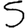
Digit: 5